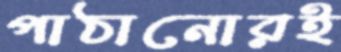
পাঠানোরই